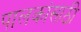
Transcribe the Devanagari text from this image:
पालकांसाठी